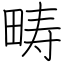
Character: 畴